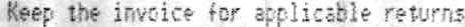
KEEP THE INVOICE FOR APPLICABLE RETURNS